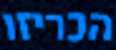
הכריזו